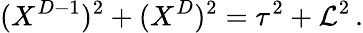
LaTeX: (X^{D-1})^{2}+(X^{D})^{2}=\tau^{2}+\mathcal{L}^{2}\, .